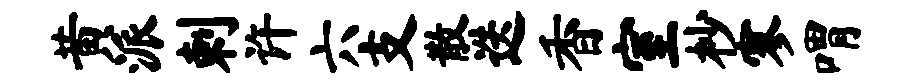
黄派剌许六支散迭香室杪寥喟